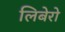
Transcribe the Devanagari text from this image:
लिबेरो